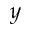
y